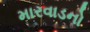
મારવાડનો